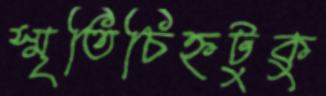
স্মৃতিচিহ্নটুকু